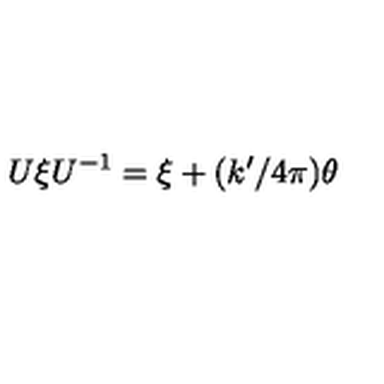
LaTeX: U \xi U ^ { - 1 } = \xi + ( k ^ { \prime } / 4 \pi ) \theta